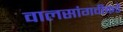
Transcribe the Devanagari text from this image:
वालसांगवीकडे